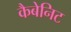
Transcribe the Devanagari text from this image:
कैबेनिट